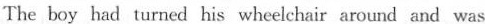
The boy had turned his wheelchair around and was